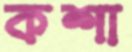
কশা